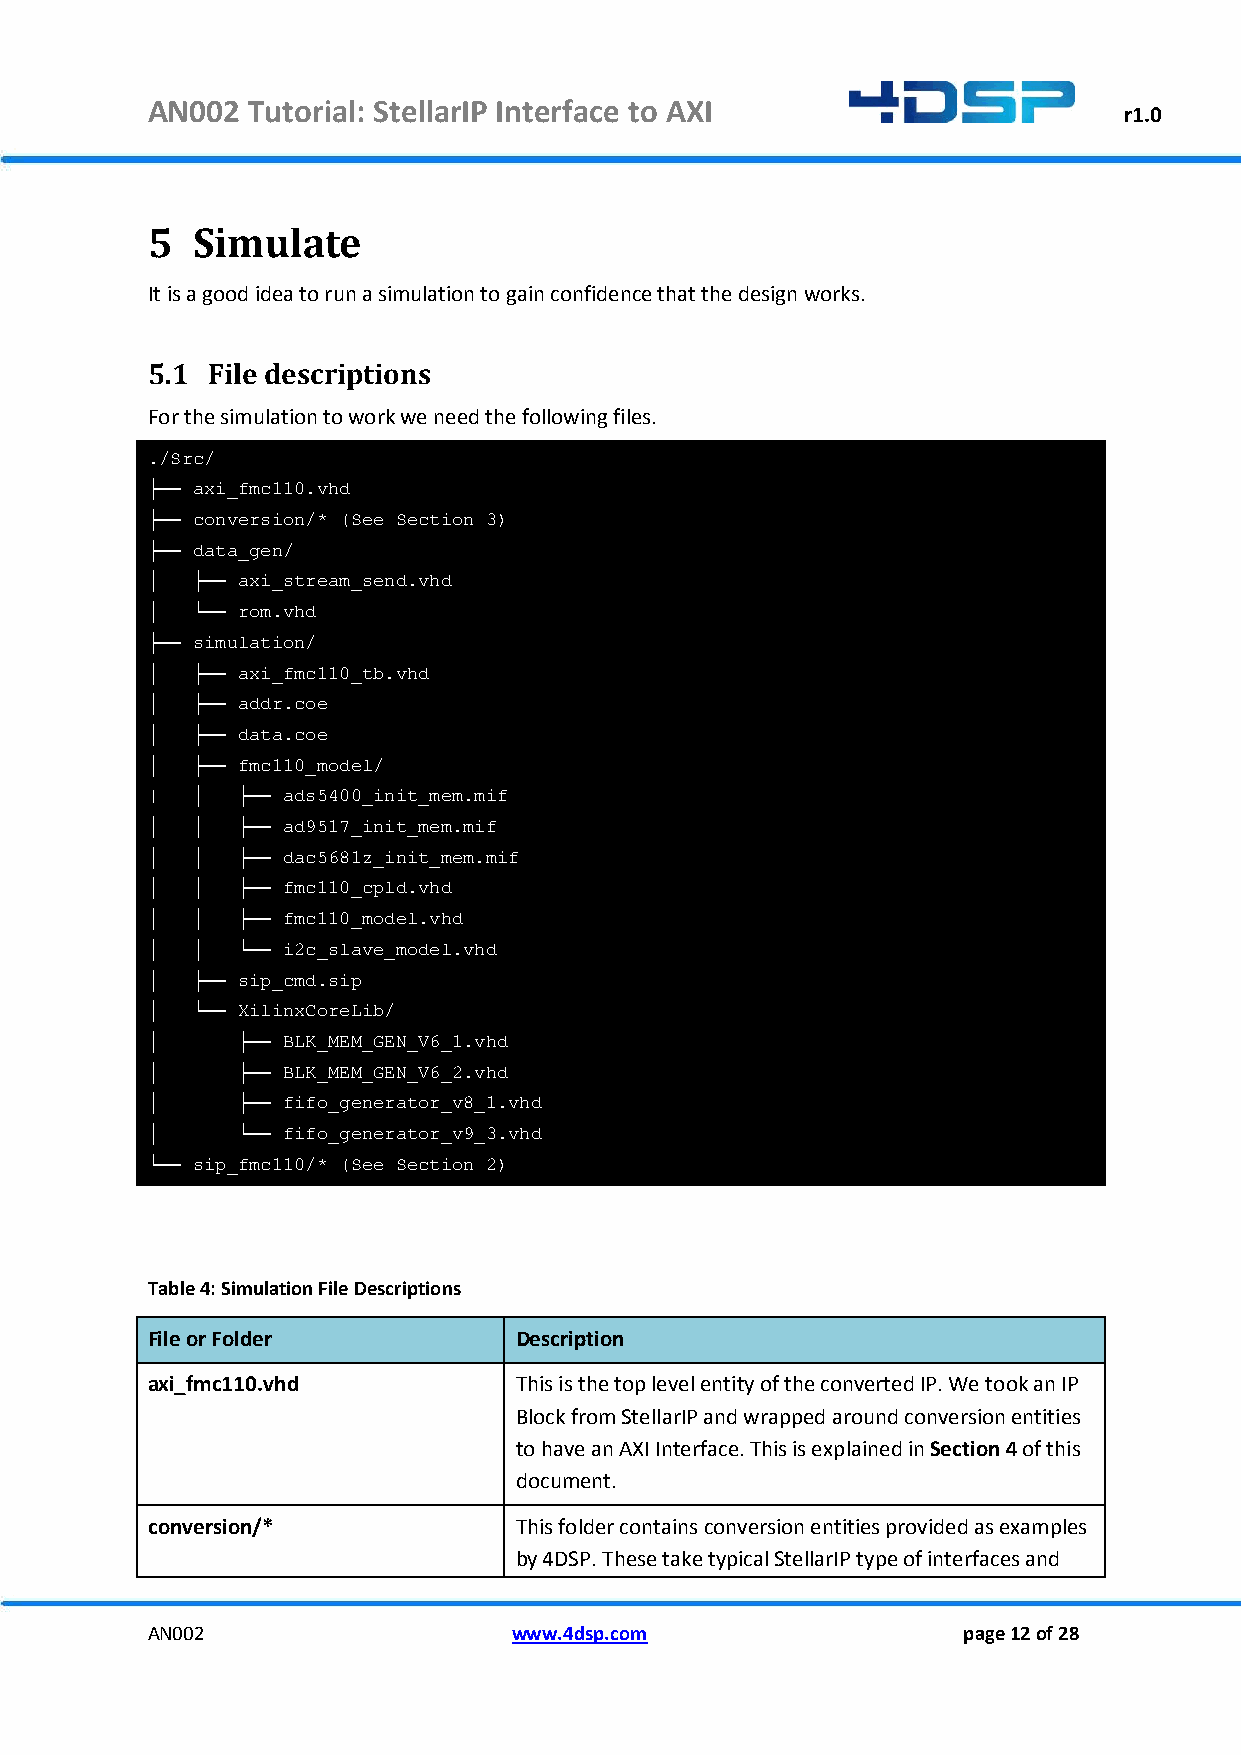
AN002 Tutorial: StellarIP Interface to AXI
 r1.0
 5  Simulate
 It is a good idea to run a simulation to gain confidence that the design works.
 5.1 File descriptions
 For the simulation to work we need the following files.
 ./Src/
 ├── axi_fmc110.vhd
 ├── conversion/* (See Section 3)
 ├── data_gen/
 │  ├── axi_stream_send.vhd
 │  └── rom.vhd
 ├── simulation/
 │  ├── axi_fmc110_tb.vhd
 │  ├── addr.coe
 │  ├── data.coe
 │  ├── fmc110_model/
 |  │  ├── ads5400_init_mem.mif
 │  │  ├── ad9517_init_mem.mif
 │  │  ├── dac5681z_init_mem.mif
 │  │  ├── fmc110_cpld.vhd
 │  │  ├── fmc110_model.vhd
 │  │  └── i2c_slave_model.vhd
 │  ├── sip_cmd.sip
 │  └── XilinxCoreLib/
 │     ├── BLK_MEM_GEN_V6_1.vhd
 │     ├── BLK_MEM_GEN_V6_2.vhd
 │     ├── fifo_generator_v8_1.vhd
 │     └── fifo_generator_v9_3.vhd
 └── sip_fmc110/* (See Section 2)
 Table 4: Simulation File Descriptions
 File or Folder          Description
 axi_fmc110.vhd          This is the top level entity of the converted IP. We took an IP
 Block from StellarIP and wrapped around conversion entities
 to have an AXI Interface. This is explained in Section 4 of this
 document.
 conversion/*            This folder contains conversion entities provided as examples
 by 4DSP. These take typical StellarIP type of interfaces and
 AN002                   www.4dsp.com                  page 12 of 28